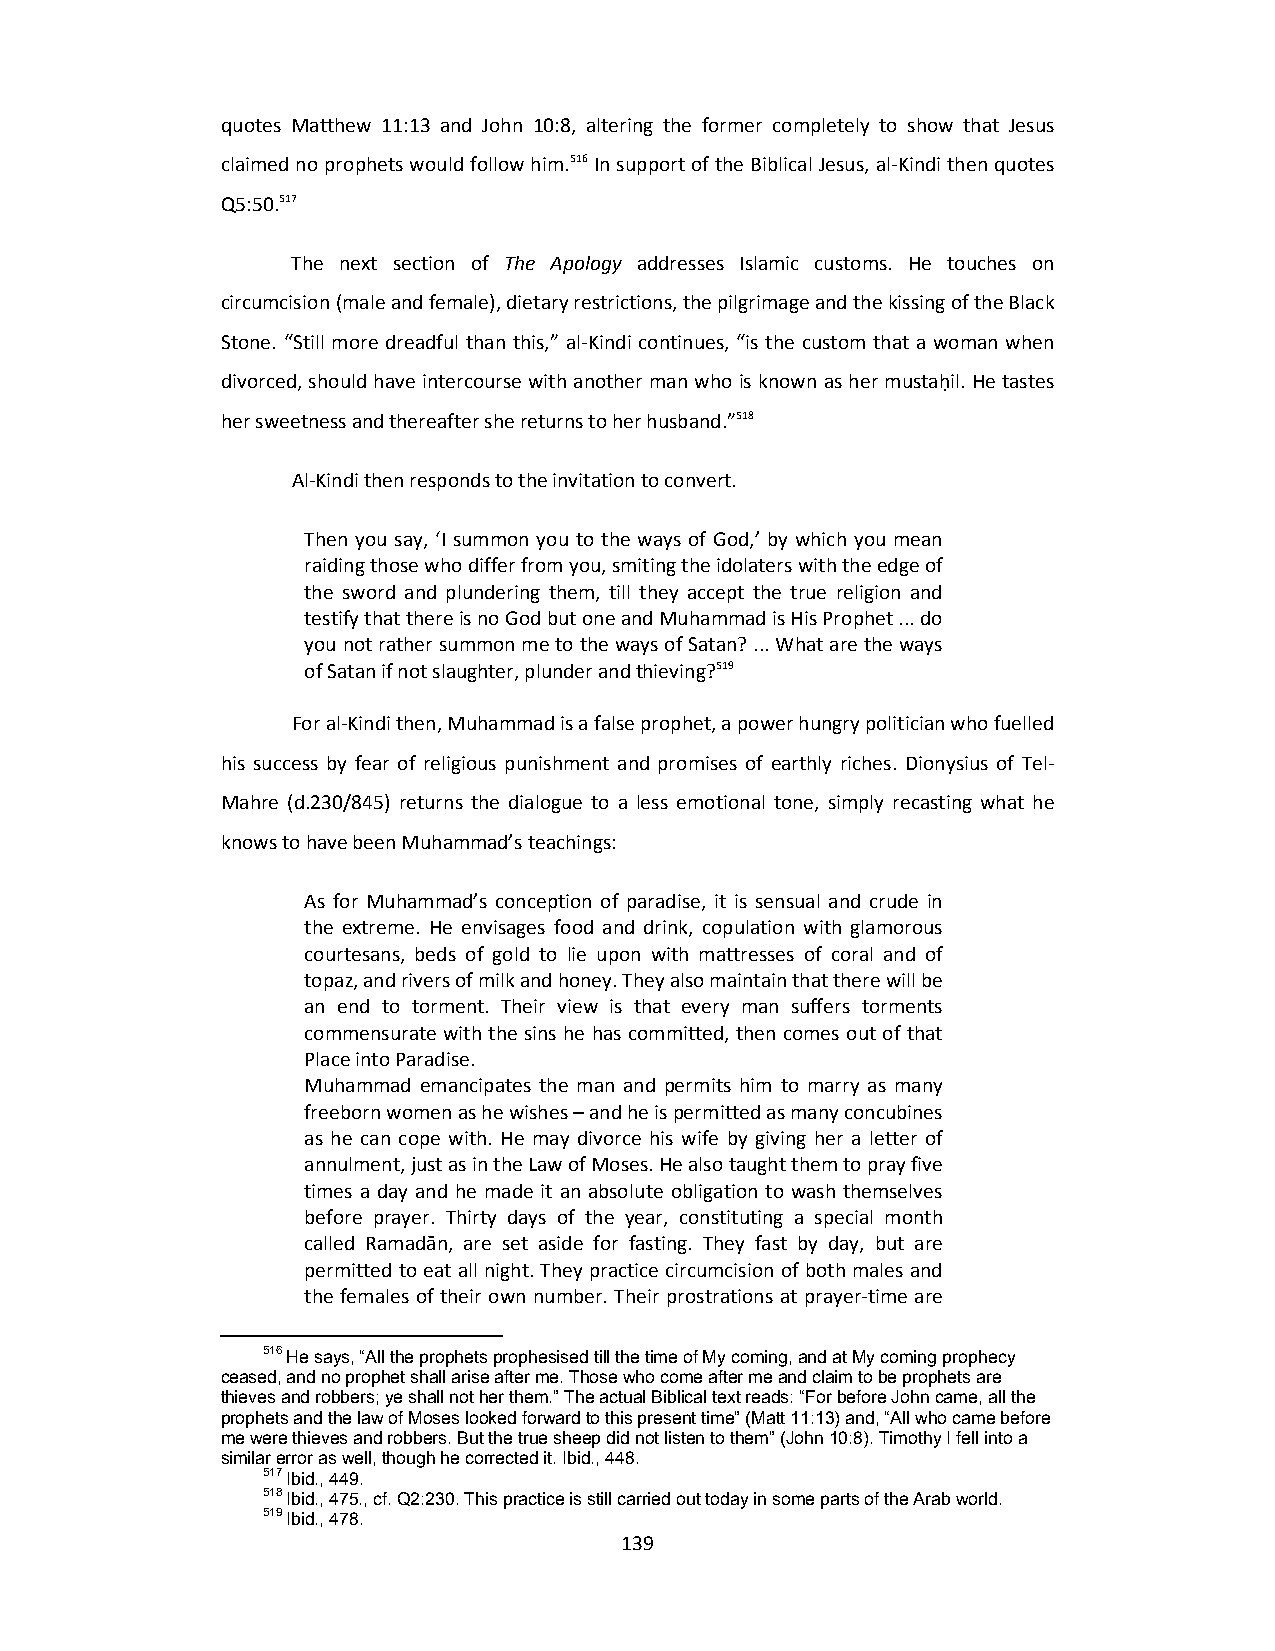
quotes Matthew 11:13 and John 10:8, altering the former completely to show that Jesus
 claimed no prophets would follow him.516 In support of the Biblical Jesus, al‐Kindi then quotes
 Q5:50.517
 The next section of The Apology addresses Islamic customs. He touches on
 circumcision (male and female), dietary restrictions, the pilgrimage and the kissing of the Black
 Stone. “Still more dreadful than this,” al‐Kindi continues, “is the custom that a woman when
 divorced, should have intercourse with another man who is known as her mustaḥil. He tastes
 her sweetness and thereafter she returns to her husband.”518
 Al‐Kindi then responds to the invitation to convert.
 Then you say, ‘I summon you to the ways of God,’ by which you mean
 raiding those who differ from you, smiting the idolaters with the edge of
 the sword and plundering them, till they accept the true religion and
 testify that there is no God but one and Muhammad is His Prophet ... do
 you not rather summon me to the ways of Satan? ... What are the ways
 of Satan if not slaughter, plunder and thieving?519
 For al‐Kindi then, Muhammad is a false prophet, a power hungry politician who fuelled
 his success by fear of religious punishment and promises of earthly riches. Dionysius of Tel‐
 Mahre (d.230/845) returns the dialogue to a less emotional tone, simply recasting what he
 knows to have been Muhammad’s teachings:
 As for Muhammad’s conception of paradise, it is sensual and crude in
 the extreme. He envisages food and drink, copulation with glamorous
 courtesans, beds of gold to lie upon with mattresses of coral and of
 topaz, and rivers of milk and honey. They also maintain that there will be
 an end to torment. Their view is that every man suffers torments
 commensurate with the sins he has committed, then comes out of that
 Place into Paradise.
 Muhammad emancipates the man and permits him to marry as many
 freeborn women as he wishes – and he is permitted as many concubines
 as he can cope with. He may divorce his wife by giving her a letter of
 annulment, just as in the Law of Moses. He also taught them to pray five
 times a day and he made it an absolute obligation to wash themselves
 before prayer. Thirty days of the year, constituting a special month
 called Ramadān, are set aside for fasting. They fast by day, but are
 permitted to eat all night. They practice circumcision of both males and
 the females of their own number. Their prostrations at prayer‐time are
 516 He says, “All the prophets prophesised till the time of My coming, and at My coming prophecy
 ceased, and no prophet shall arise after me. Those who come after me and claim to be prophets are
 thieves and robbers; ye shall not her them.” The actual Biblical text reads: “For before John came, all the
 prophets and the law of Moses looked forward to this present time” (Matt 11:13) and, “All who came before
 me were thieves and robbers. But the true sheep did not listen to them” (John 10:8). Timothy I fell into a
 similar error as well, though he corrected it. Ibid., 448.
 517 Ibid., 449.
 518 Ibid., 475., cf. Q2:230. This practice is still carried out today in some parts of the Arab world.
 519 Ibid., 478.
 139